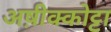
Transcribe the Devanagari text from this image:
अष़ीक्कोट्टा